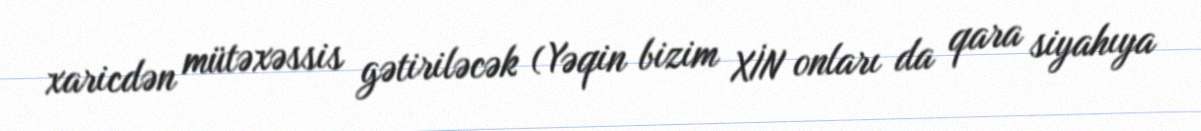
xaricdən mütəxəssis gətiriləcək (Yəqin bizim XİN onları da qara siyahıya